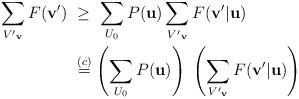
LaTeX: \begin{align*}\sum_{{V'}_{\mathbf{v}}} F(\mathbf{v'})\ &\ge \ \sum_{U_0} P(\mathbf{u}) \sum_{{V'}_{\mathbf{v}}} F(\mathbf{v'|u}) \\&\overset{(c)}= \left( \sum_{U_0} P(\mathbf{u}) \right) \ \left( \sum_{{V'}_{\mathbf{v}}} F(\mathbf{v'|u}) \right) \end{align*}